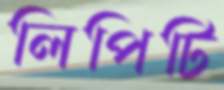
লিপিটি